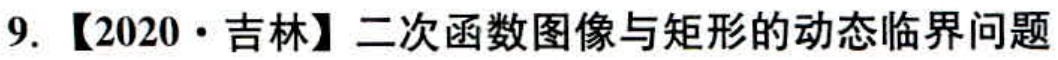
9. 【2020·吉林】二次函数图像与矩形的动态临界问题